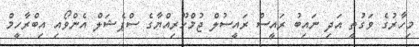
މިހާރުގެ ވަގުތީ އަދި ނައިބު ރައީސް ރައީސުލް ޖުމްހޫރިއްޔާގެ ސްޕެޝަލް އެންވޯއި އިބްރާހީމް